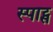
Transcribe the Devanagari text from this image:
स्पाट्स